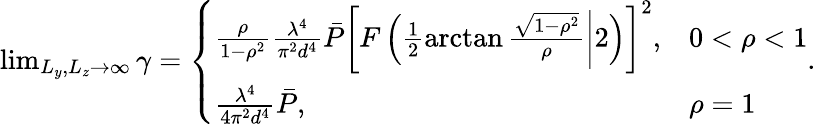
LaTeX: \begin{array}{r}{\operatorname*{lim}_{L_{y},L_{z}\rightarrow\infty}\gamma=\left\{ \begin{array}{ll}{\frac{\rho}{1-\rho^{2}}\frac{\lambda^{4}}{\pi^{2}d^{4}}\bar{P}\left[F\left(\frac 12\arctan\frac{\sqrt{1-\rho^{2}}}{\rho}\bigg|2\right)\right]^{2},}&{0<\rho<1}\\ {\frac{\lambda^{4}}{4\pi^{2}d^{4}}\bar{P},}&{\rho=1}\end{array}\right..}\end{array}